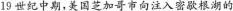
1s世纪中期，美国芝加哥市向注入密歇根湖的